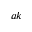
a k